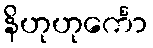
နိဟုဟုင်္ကော